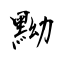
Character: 黝